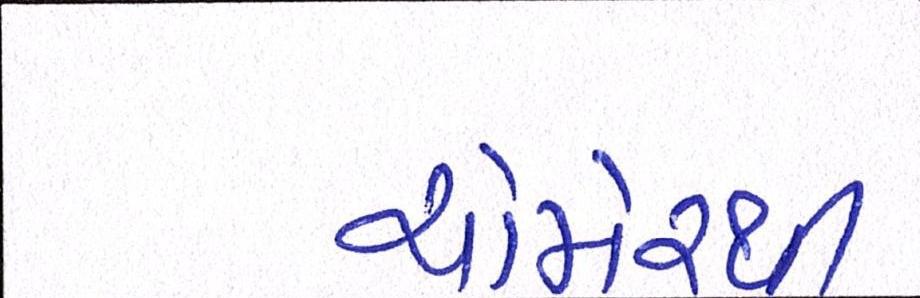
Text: ચોમેરથી